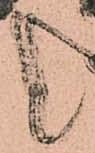
と